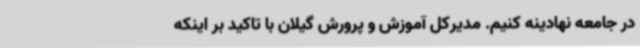
در جامعه نهادینه کنیم. مدیرکل آموزش و پرورش گیلان با تاکید بر اینکه